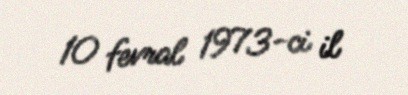
10 fevral 1973-ci il